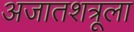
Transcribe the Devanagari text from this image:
अजातशत्रूला